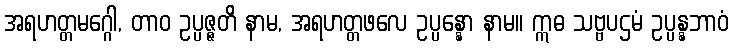
အရဟတ္တမဂ္ဂေါ, တာဝ ဥပ္ပဇ္ဇတိ နာမ, အရဟတ္တဖလေ ဥပ္ပန္နော နာမ။ ဣဓ သဗ္ဗပဌမံ ဥပ္ပန္နဘာဝံ